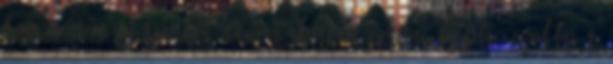
hozzámentem a férjemhez, nagyon akartam szeretni, tisztelni, csodálni őt.